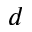
d